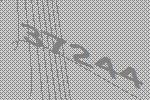
37244